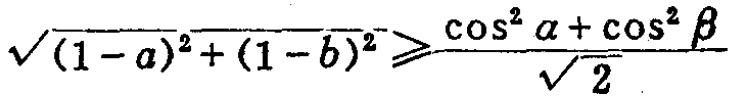
\(\sqrt{(1 - a)^{2}+(1 - b)^{2}}\geqslant\frac{\cos^{2}\alpha+\cos^{2}\beta}{\sqrt{2}}\)